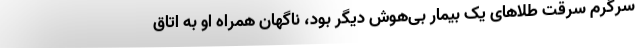
سرگرم سرقت طلا‌های یک بیمار بی‌هوش دیگر بود، ناگهان همراه او به اتاق